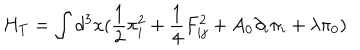
H _ { T } = \int d ^ { 3 } x ( \frac { 1 } { 2 } \pi _ { i } ^ { 2 } + \frac { 1 } { 4 } F _ { i j } ^ { 2 } + A _ { 0 } \partial _ { i } \pi _ { i } + \lambda \pi _ { 0 } )